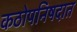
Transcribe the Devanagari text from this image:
कठोपनिषदात